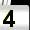
Digit: 4